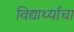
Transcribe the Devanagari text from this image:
विद्यार्थ्याचा